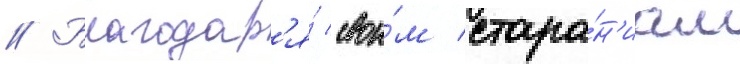
// Благодар'я́ свои́м стара́н'иам